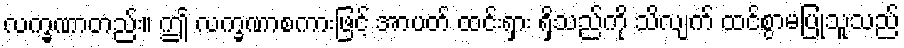
လက္ခဏာတည်း။ ဤ လက္ခဏာစကားဖြင့် အာပတ် ထင်းရှား ရှိသည်ကို သိလျက် ထင်စွာမပြုသူသည်